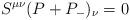
LaTeX: \begin{align*}S^{\mu \nu }(P+P_-)_{\nu}=0 \end{align*}